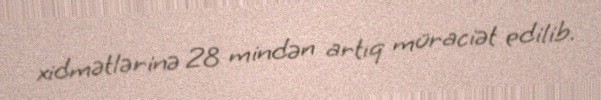
xidmətlərinə 28 mindən artıq müraciət edilib.